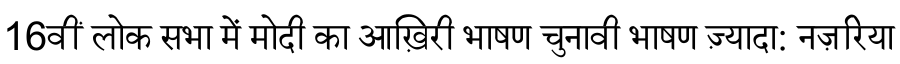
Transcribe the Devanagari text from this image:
16वीं लोक सभा में मोदी का आख़िरी भाषण चुनावी भाषण ज़्यादा: नज़रिया